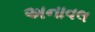
અનાવલ